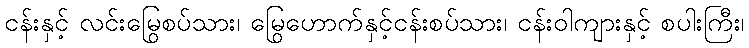
ငန်းနှင့် လင်းမြွေစပ်သား၊ မြွေဟောက်နှင့်ငန်းစပ်သား၊ ငန်းဝါကျားနှင့် စပါးကြီး၊